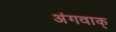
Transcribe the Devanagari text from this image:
अंगवाक्